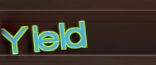
Yield